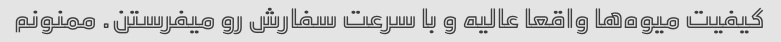
کیفیت میوه‌ها واقعا عالیه و با سرعت سفارش رو میفرستن. ممنونم